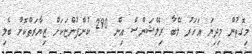
މިގޮތުން މިދިޔަ އަހަރު ލޭބާ ރިލޭޝަންސް އިން 290 ކުންފުންޏަކަށް ޒިޔާރަތްކޮށް ބެލި